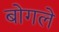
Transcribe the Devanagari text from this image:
बोगले